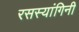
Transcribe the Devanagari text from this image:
रसस्यांगिनी